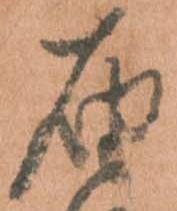
届